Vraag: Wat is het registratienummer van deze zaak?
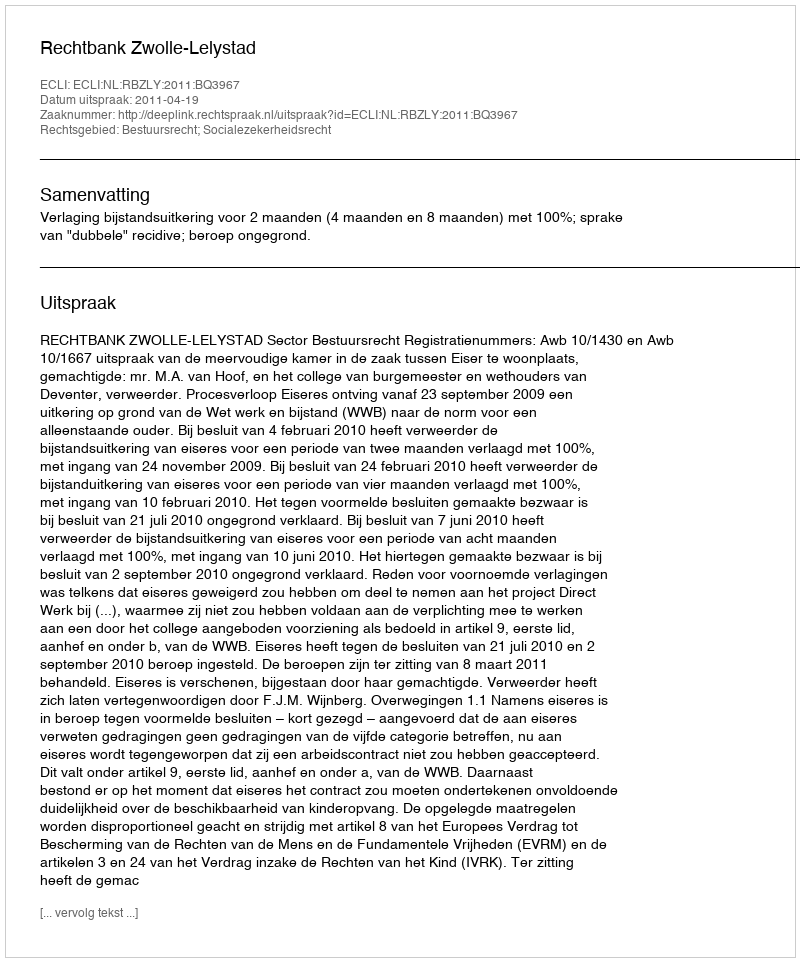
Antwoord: http://deeplink.rechtspraak.nl/uitspraak?id=ECLI:NL:RBZLY:2011:BQ3967